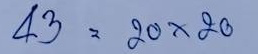
43 = 20x20